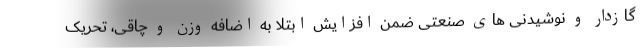
گازدار و نوشیدنی های صنعتی ضمن افزایش ابتلا به اضافه وزن و چاقی، تحریک